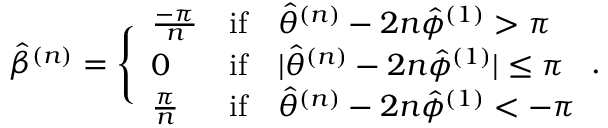
\hat { \beta } ^ { ( n ) } = \Bigg \{ \begin{array} { l l l } { \frac { - \pi } { n } } & { \mathrm { i f } } & { \hat { \theta } ^ { ( n ) } - 2 n \hat { \phi } ^ { ( 1 ) } > \pi } \\ { 0 } & { \mathrm { i f } } & { | \hat { \theta } ^ { ( n ) } - 2 n \hat { \phi } ^ { ( 1 ) } | \leq \pi } \\ { \frac { \pi } { n } } & { \mathrm { i f } } & { \hat { \theta } ^ { ( n ) } - 2 n \hat { \phi } ^ { ( 1 ) } < - \pi } \end{array} .